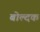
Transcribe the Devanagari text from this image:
बोल्दक